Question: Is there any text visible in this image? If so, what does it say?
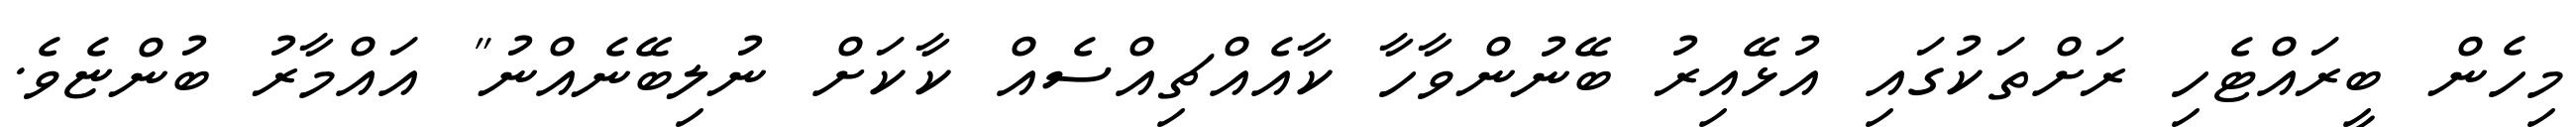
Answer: މިހެން ބީރައްޓެހި ރަށްތަކުގައި އުޅޭއިރު ބޭނުންވާހާ ކާއެއްޗިއްސެއް ކާކަށް ނުލިބޭނެއްނު" އައްމާރު ބުންޏެވެ.